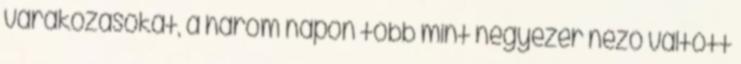
várakozásokat, a három napon több mint négyezer néző váltott